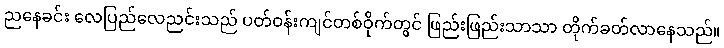
ညနေခင်း လေပြည်လေညင်းသည် ပတ်ဝန်းကျင်တစ်ဝိုက်တွင် ဖြည်းဖြည်းသာသာ တိုက်ခတ်လာနေသည်။